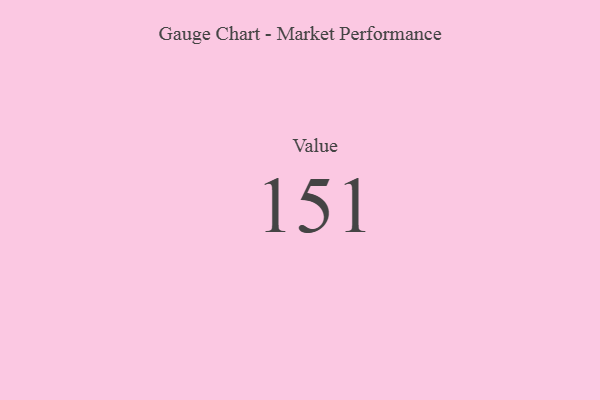
{"axis": {"x": "Metric", "y": "Value"}, "legend": [""], "data": [{"x": "Value", "y": 151, "type": ""}]}